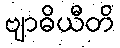
ဗျာဓိယီတိ